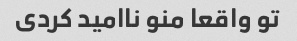
تو واقعا منو ناامید کردی